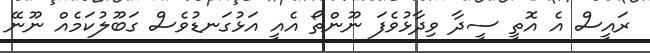
ރައީސް އެ އޮތީ ސީދާ ވިދާޅުވެފަ ނޫންތޯ އެއީ އަޅުގަނޑުވެސް ގަބޫލުކަމެއް ނޫނޭ